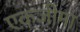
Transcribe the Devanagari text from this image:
एकजीमा